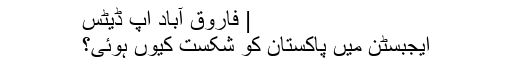
| فاروق آباد اَپ ڈیٹس
ایجبسٹن میں پاکستان کو شکست کیوں ہوئی؟